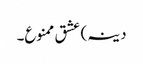
دینہ) عشق ممنوع۔